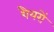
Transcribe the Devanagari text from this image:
शैयरों